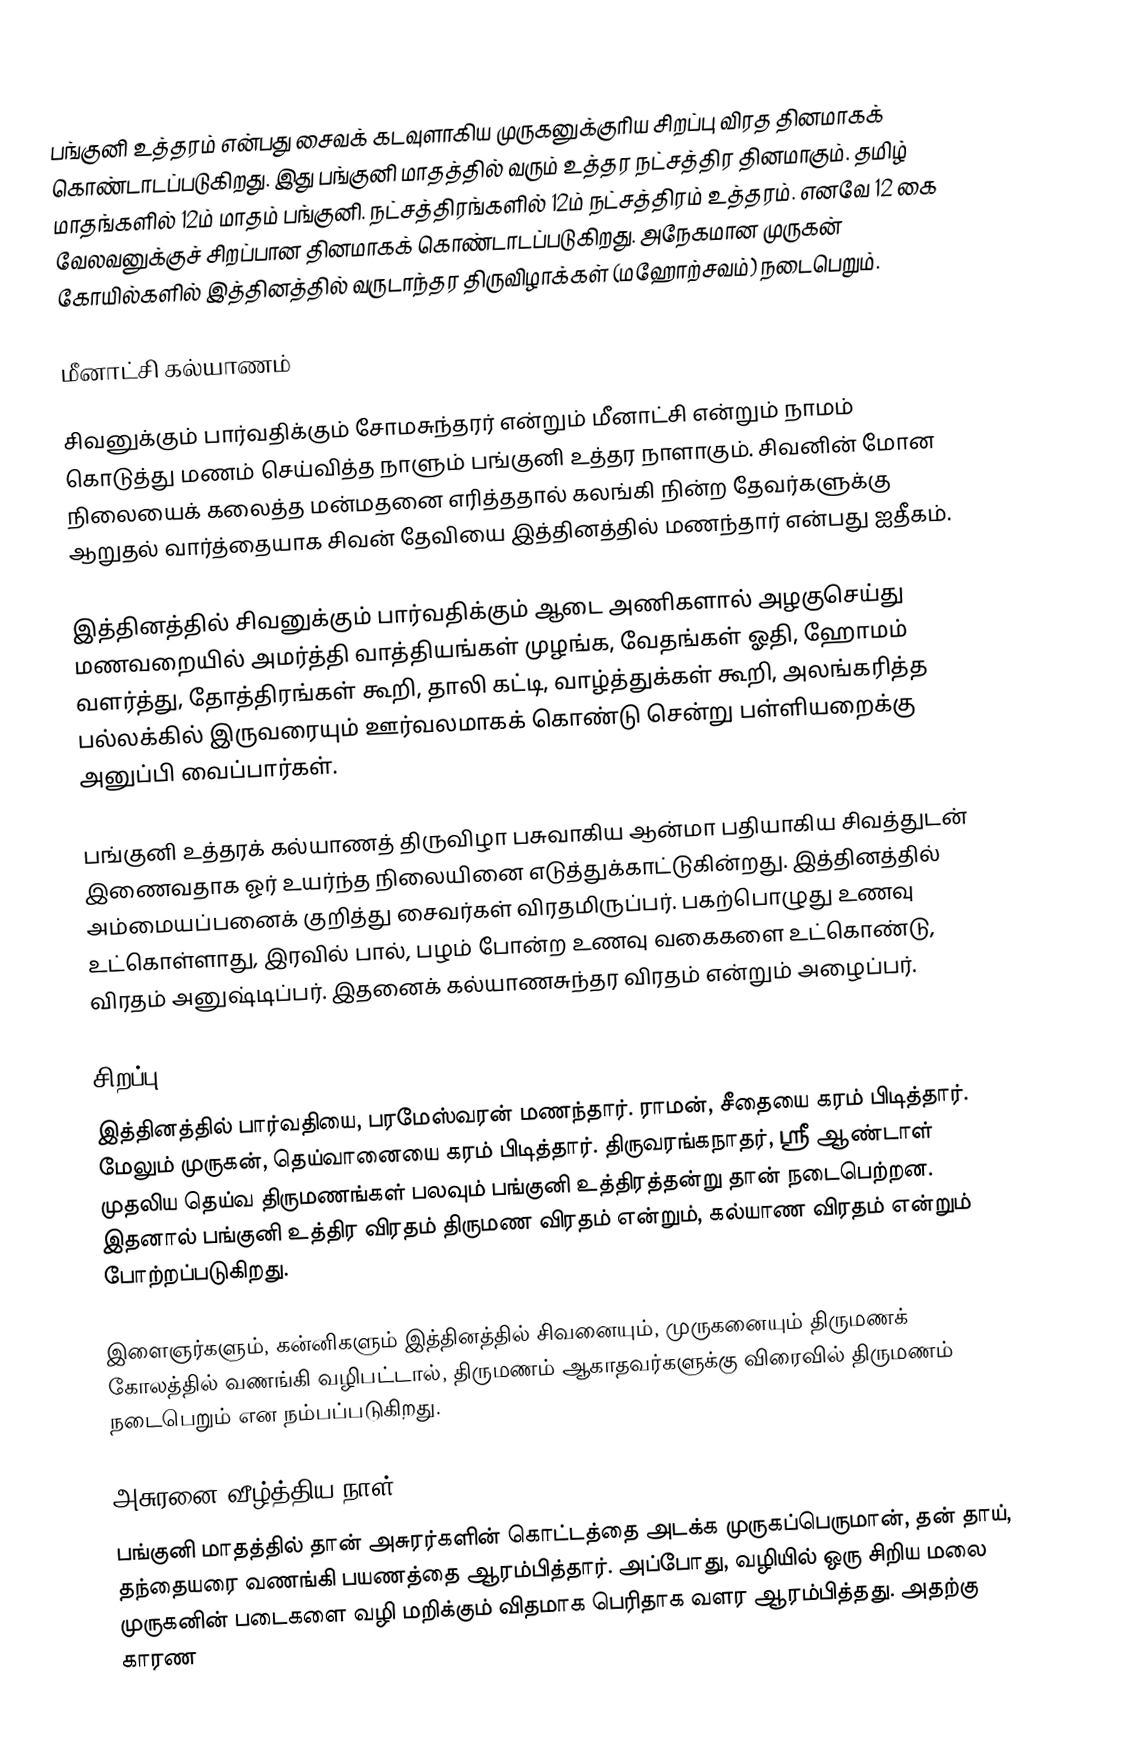
பங்குனி உத்தரம் என்பது சைவக் கடவுளாகிய முருகனுக்குரிய சிறப்பு விரத தினமாகக் கொண்டாடப்படுகிறது. இது பங்குனி மாதத்தில் வரும் உத்தர நட்சத்திர தினமாகும். தமிழ் மாதங்களில் 12ம் மாதம் பங்குனி. நட்சத்திரங்களில் 12ம் நட்சத்திரம் உத்தரம். எனவே 12 கை வேலவனுக்குச் சிறப்பான தினமாகக் கொண்டாடப்படுகிறது. அநேகமான முருகன் கோயில்களில் இத்தினத்தில் வருடாந்தர திருவிழாக்கள் (மஹோற்சவம்) நடைபெறும்.

மீனாட்சி கல்யாணம்

சிவனுக்கும் பார்வதிக்கும் சோமசுந்தரர் என்றும் மீனாட்சி என்றும் நாமம் கொடுத்து மணம் செய்வித்த நாளும் பங்குனி உத்தர நாளாகும். சிவனின் மோன நிலையைக் கலைத்த மன்மதனை எரித்ததால் கலங்கி நின்ற தேவர்களுக்கு ஆறுதல் வார்த்தையாக சிவன் தேவியை இத்தினத்தில் மணந்தார் என்பது ஐதீகம்.

இத்தினத்தில் சிவனுக்கும் பார்வதிக்கும் ஆடை அணிகளால் அழகுசெய்து மணவறையில் அமர்த்தி வாத்தியங்கள் முழங்க, வேதங்கள் ஓதி, ஹோமம் வளர்த்து, தோத்திரங்கள் கூறி, தாலி கட்டி, வாழ்த்துக்கள் கூறி, அலங்கரித்த பல்லக்கில் இருவரையும் ஊர்வலமாகக் கொண்டு சென்று பள்ளியறைக்கு அனுப்பி வைப்பார்கள்.

பங்குனி உத்தரக் கல்யாணத் திருவிழா பசுவாகிய ஆன்மா பதியாகிய சிவத்துடன் இணைவதாக ஓர் உயர்ந்த நிலையினை எடுத்துக்காட்டுகின்றது. இத்தினத்தில் அம்மையப்பனைக் குறித்து சைவர்கள் விரதமிருப்பர். பகற்பொழுது உணவு உட்கொள்ளாது, இரவில் பால், பழம் போன்ற உணவு வகைகளை உட்கொண்டு, விரதம் அனுஷ்டிப்பர். இதனைக் கல்யாணசுந்தர விரதம் என்றும் அழைப்பர்.

சிறப்பு
இத்தினத்தில் பார்வதியை, பரமேஸ்வரன் மணந்தார். ராமன், சீதையை கரம் பிடித்தார். மேலும் முருகன், தெய்வானையை கரம் பிடித்தார். திருவரங்கநாதர், ஸ்ரீ ஆண்டாள் முதலிய தெய்வ திருமணங்கள் பலவும் பங்குனி உத்திரத்தன்று தான் நடைபெற்றன. இதனால் பங்குனி உத்திர விரதம் திருமண விரதம் என்றும், கல்யாண விரதம் என்றும் போற்றப்படுகிறது.

இளைஞர்களும், கன்னிகளும் இத்தினத்தில் சிவனையும், முருகனையும் திருமணக் கோலத்தில் வணங்கி வழிபட்டால், திருமணம் ஆகாதவர்களுக்கு விரைவில் திருமணம் நடைபெறும் என நம்பப்படுகிறது.

அசுரனை வீழ்த்திய நாள்
பங்குனி மாதத்தில் தான் அசுரர்களின் கொட்டத்தை அடக்க முருகப்பெருமான், தன் தாய், தந்தையரை வணங்கி பயணத்தை ஆரம்பித்தார். அப்போது, வழியில் ஒரு சிறிய மலை முருகனின் படைகளை வழி மறிக்கும் விதமாக பெரிதாக வளர ஆரம்பித்தது. அதற்கு காரண